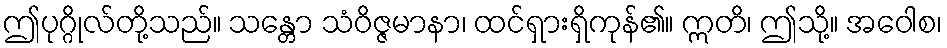
ဤပုဂ္ဂိုလ်တို့သည်။ သန္တော သံဝိဇ္ဇမာနာ၊ ထင်ရှားရှိကုန်၏။ ဣတိ၊ ဤသို့။ အဝေါစ၊